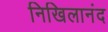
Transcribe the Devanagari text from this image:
निखिलानंद